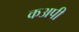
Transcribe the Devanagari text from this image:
कअपी